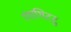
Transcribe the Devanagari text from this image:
रंगाथिटटु